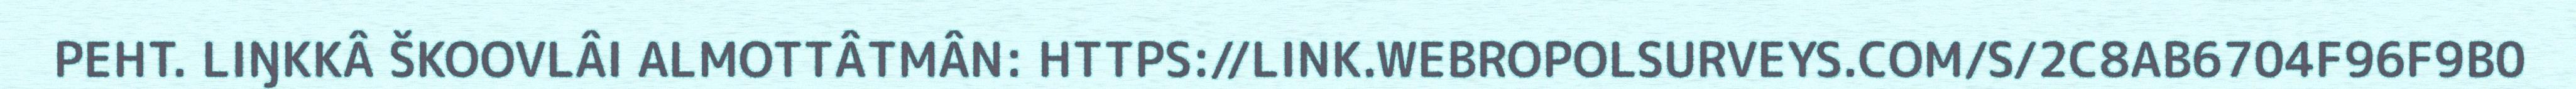
PEHT. LIŊKKÂ ŠKOOVLÂI ALMOTTÂTMÂN: HTTPS://LINK.WEBROPOLSURVEYS.COM/S/2C8AB6704F96F9B0